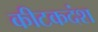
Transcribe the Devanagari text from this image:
कीटकदंश